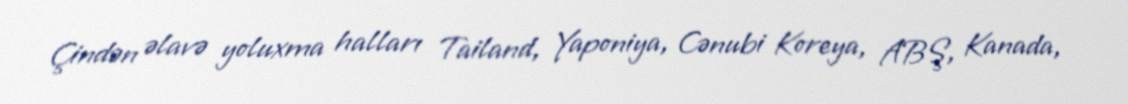
Çindən əlavə yoluxma halları Tailand, Yaponiya, Cənubi Koreya, ABŞ, Kanada,